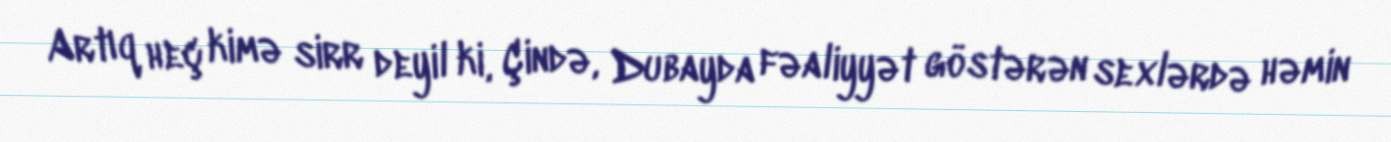
Artıq heç kimə sirr deyil ki, Çində, Dubayda fəaliyyət göstərən sexlərdə həmin